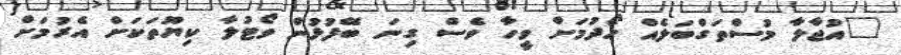
"އުޖާލާ މުސްތަގްބަލެއް ހޯދުމަށް ވީހާ ވެސް ގިނަ ބޭފުޅުން ވޯޓުލާ ކިޔޫތަކަށް އެރުމަށް